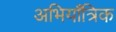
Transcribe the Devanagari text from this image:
अभियाँत्रिक